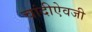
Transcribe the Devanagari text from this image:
चांदीऐवजी